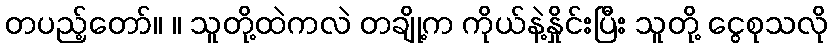
တပည့်တော်။ ။ သူတို့ထဲကလဲ တချို့က ကိုယ်နဲ့နှိုင်းပြီး သူတို့ ငွေစုသလို